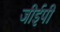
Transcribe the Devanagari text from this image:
जीईपी